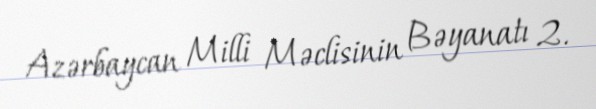
Azərbaycan Milli Məclisinin Bəyanatı 2.